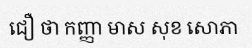
ជឿ ថា កញ្ញា មាស សុខ សោភា